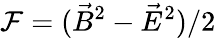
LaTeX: \mathcal{F}=(\vec{B}^{2}-\vec{E}^{2})/2